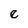
Character: e